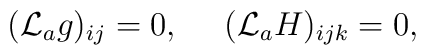
({\cal L}_a g)_{ij} = 0, \ \ \ \ ({\cal L}_a H)_{ijk} = 0 ,